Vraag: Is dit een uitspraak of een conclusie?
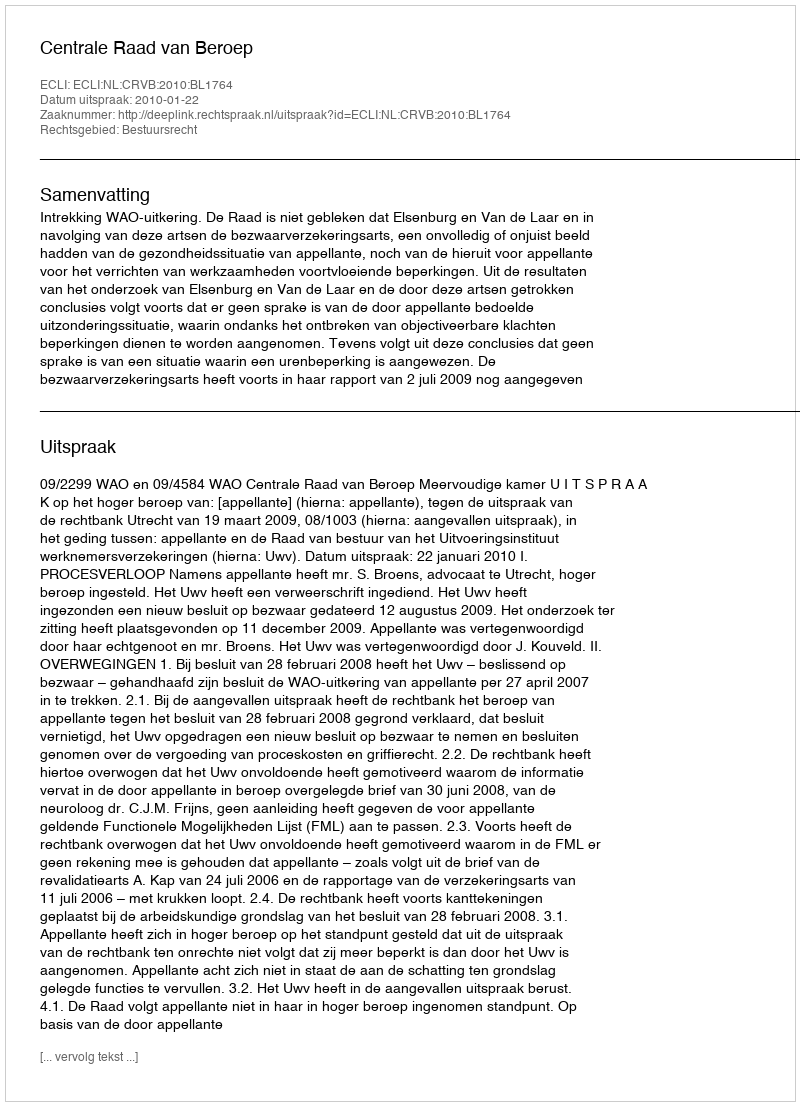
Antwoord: Uitspraak